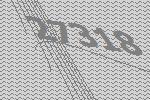
27318